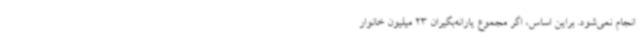
انجام نمی‌شود. براین اساس، اگر مجموع یارانه‌بگیران 23 میلیون خانوار